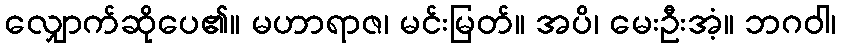
လျှောက်ဆိုပေ၏။ မဟာရာဇ၊ မင်းမြတ်။ အပိ၊ မေးဦးအံ့။ ဘဂဝါ၊